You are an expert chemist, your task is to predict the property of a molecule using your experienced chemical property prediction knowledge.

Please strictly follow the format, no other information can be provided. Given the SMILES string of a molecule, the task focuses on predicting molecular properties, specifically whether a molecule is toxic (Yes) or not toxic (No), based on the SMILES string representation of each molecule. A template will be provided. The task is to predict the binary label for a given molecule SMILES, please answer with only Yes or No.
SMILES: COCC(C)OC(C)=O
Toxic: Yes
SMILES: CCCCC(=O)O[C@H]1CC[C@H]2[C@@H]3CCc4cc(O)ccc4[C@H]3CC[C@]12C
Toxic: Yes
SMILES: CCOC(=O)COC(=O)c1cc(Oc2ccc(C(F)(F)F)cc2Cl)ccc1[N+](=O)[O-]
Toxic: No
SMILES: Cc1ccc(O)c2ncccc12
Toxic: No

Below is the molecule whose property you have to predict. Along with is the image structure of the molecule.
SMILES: CC(O)C(=O)O.CCOc1ccc2nc3cc(N)ccc3c(N)c2c1
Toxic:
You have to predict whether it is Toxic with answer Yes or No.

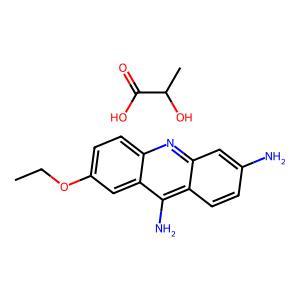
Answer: No